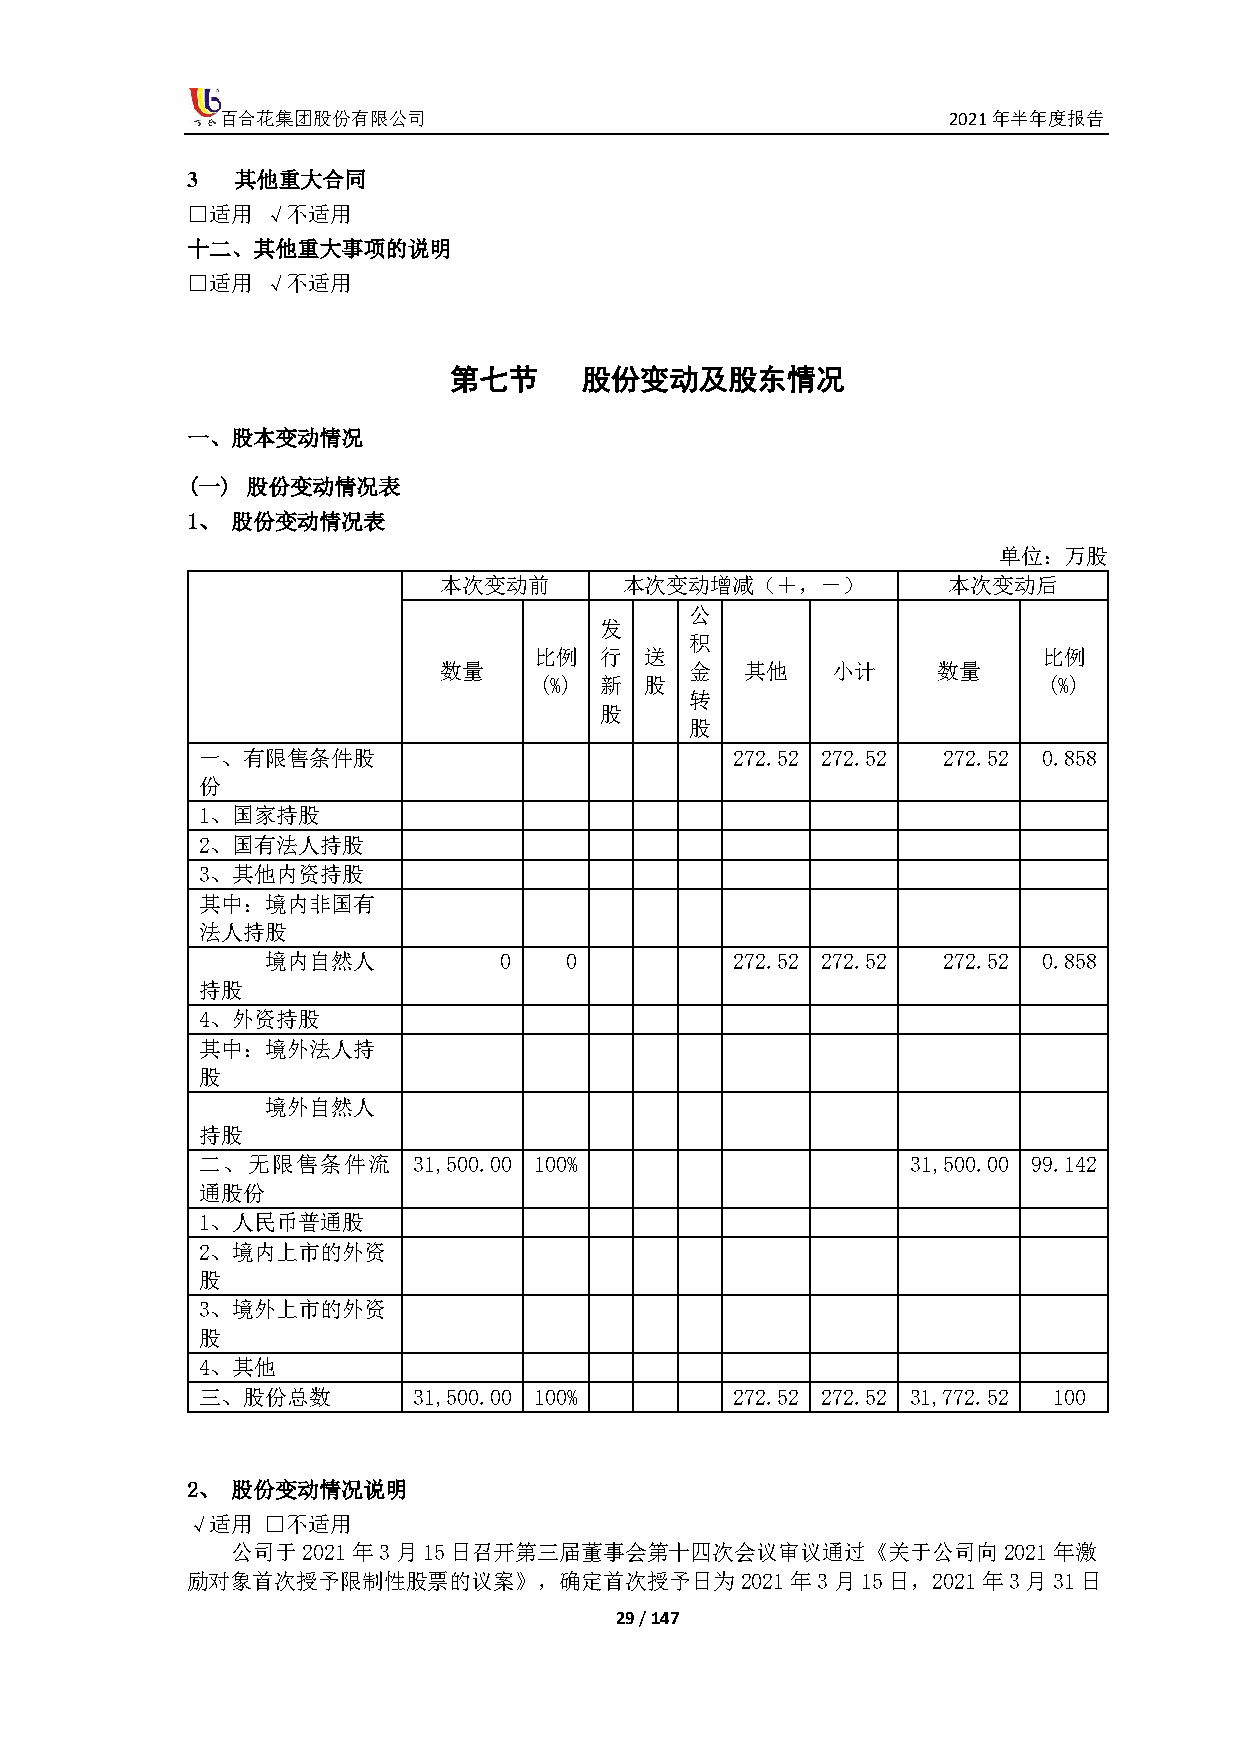
百合花集团股份有限公司                                     2021年半年度报告
 3   其他重大合同
 □适用  √不适用
 十二、其他重大事项的说明
 □适用  √不适用
 第七节     股份变动及股东情况
 一、股本变动情况
 (一) 股份变动情况表
 1、 股份变动情况表
 单位：万股
 本次变动前       本次变动增减（＋，－）           本次变动后
 公
 发
 积
 比例   行  送                         比例
 数量               金  其他    小计     数量
 (%) 新  股                         (%)
 转
 股
 股
 一、有限售条件股                            272.52 272.52 272.52 0.858
 份
 1、国家持股
 2、国有法人持股
 3、其他内资持股
 其中：境内非国有
 法人持股
 境内自然人          0   0           272.52 272.52 272.52 0.858
 持股
 4、外资持股
 其中：境外法人持
 股
 境外自然人
 持股
 二、无限售条件流      31,500.00 100%                   31,500.00 99.142
 通股份
 1、人民币普通股
 2、境内上市的外资
 股
 3、境外上市的外资
 股
 4、其他
 三、股份总数        31,500.00 100%        272.52 272.52 31,772.52 100
 2、 股份变动情况说明
 √适用  □不适用
 公司于2021年3月15日召开第三届董事会第十四次会议审议通过《关于公司向2021年激
 励对象首次授予限制性股票的议案》，确定首次授予日为2021年3月15日，2021年3月31日
 29 / 147